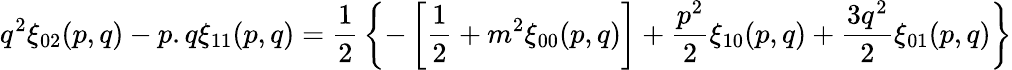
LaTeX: q^{2}\xi_{02}(p,q)-p.q\xi_{11}(p,q)={\frac{1}{2}}\left\{ -\left[{\frac{1}{2}}+m^{2}\xi_{00}(p,q)\right]+{\frac{p^{2}}{2}}\xi_{10}(p,q)+{\frac{3q^{2}}{2}}\xi_{01}(p,q)\right\}